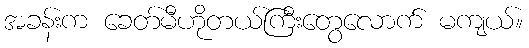
အခန်းက ခေတ်မီဟိုတယ်ကြီးတွေလောက် မကျယ်။